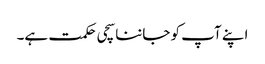
اپنے آپ کو جاننا سچی حکمت ہے۔